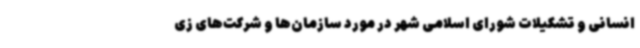
انسانی و تشکیلات شورای اسلامی شهر در مورد سازمان‌ها و شرکت‌های زی